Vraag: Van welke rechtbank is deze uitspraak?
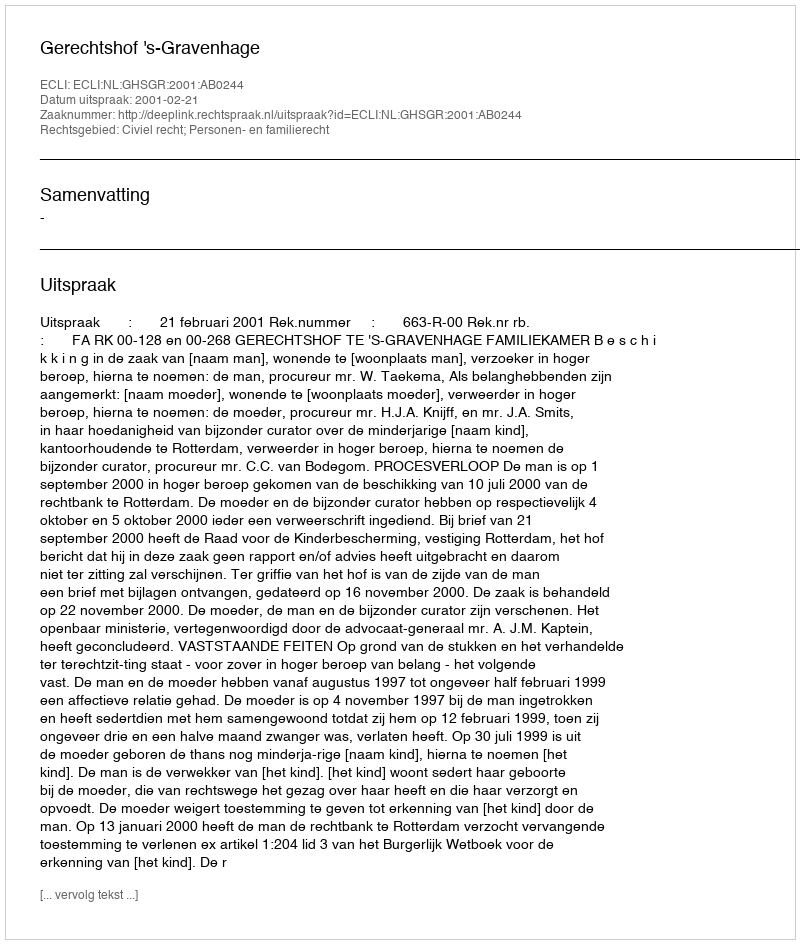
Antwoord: Gerechtshof 's-Gravenhage